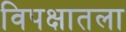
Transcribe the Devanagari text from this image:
विपक्षातला